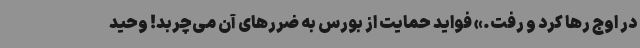
در اوج رها کرد و رفت.» فواید حمایت از بورس به ضررهای آن می‌چربد! وحید